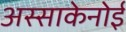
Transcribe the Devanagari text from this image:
अस्साकेनोई